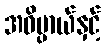
အဓိပ္ပာယ်နှင့်